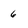
Character: 6